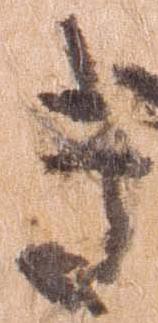
き